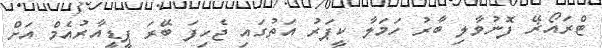
ޓްރައޯޜޭ ފޮނުވާލި ބާރު ހަމަލާ ކީޕަރު އަތުގައި ޖެހިފަ ބޭރަ ޕީޑީއާރުއެމް އަށް